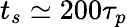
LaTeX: t_{s}\simeq 200\tau_{p}